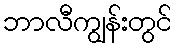
ဘာလီကျွန်းတွင်